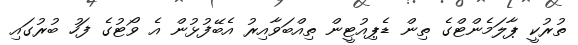
ތުރުކީ ޕާލަމެންޓްގެ ތިން ޑެޕިއުޓީން ތިއްބަވާއިރު އެބޭފުޅުން އެ ވޯޓުގެ ފަހު ބުރުގައި